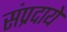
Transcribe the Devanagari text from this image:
संप्रदाये